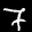
Label: 7